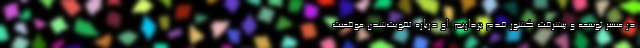
در مسیر توسعه و پیشرفت کشور قدم برداریم. او درباره تقویت‌شدن موقعیت